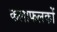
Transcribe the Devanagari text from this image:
कलाफलकों